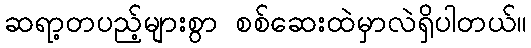
ဆရာ့တပည့်များစွာ စစ်ဆေးထဲမှာလဲရှိပါတယ်။